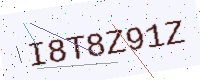
Text: I8T8Z91Z